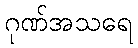
ဂုဏ်အသရေ